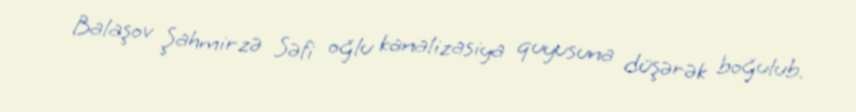
Balaşov Şahmirzə Səfi oğlu kanalizasiya quyusuna düşərək boğulub.